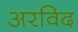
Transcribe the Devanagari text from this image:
अरविद